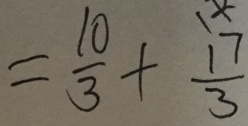
= \frac { 1 0 } { 3 } + \frac { 1 7 } { 3 }